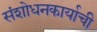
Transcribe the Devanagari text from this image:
संशोधनकार्याची